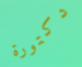
دكتورة